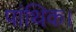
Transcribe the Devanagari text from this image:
पांथिक।